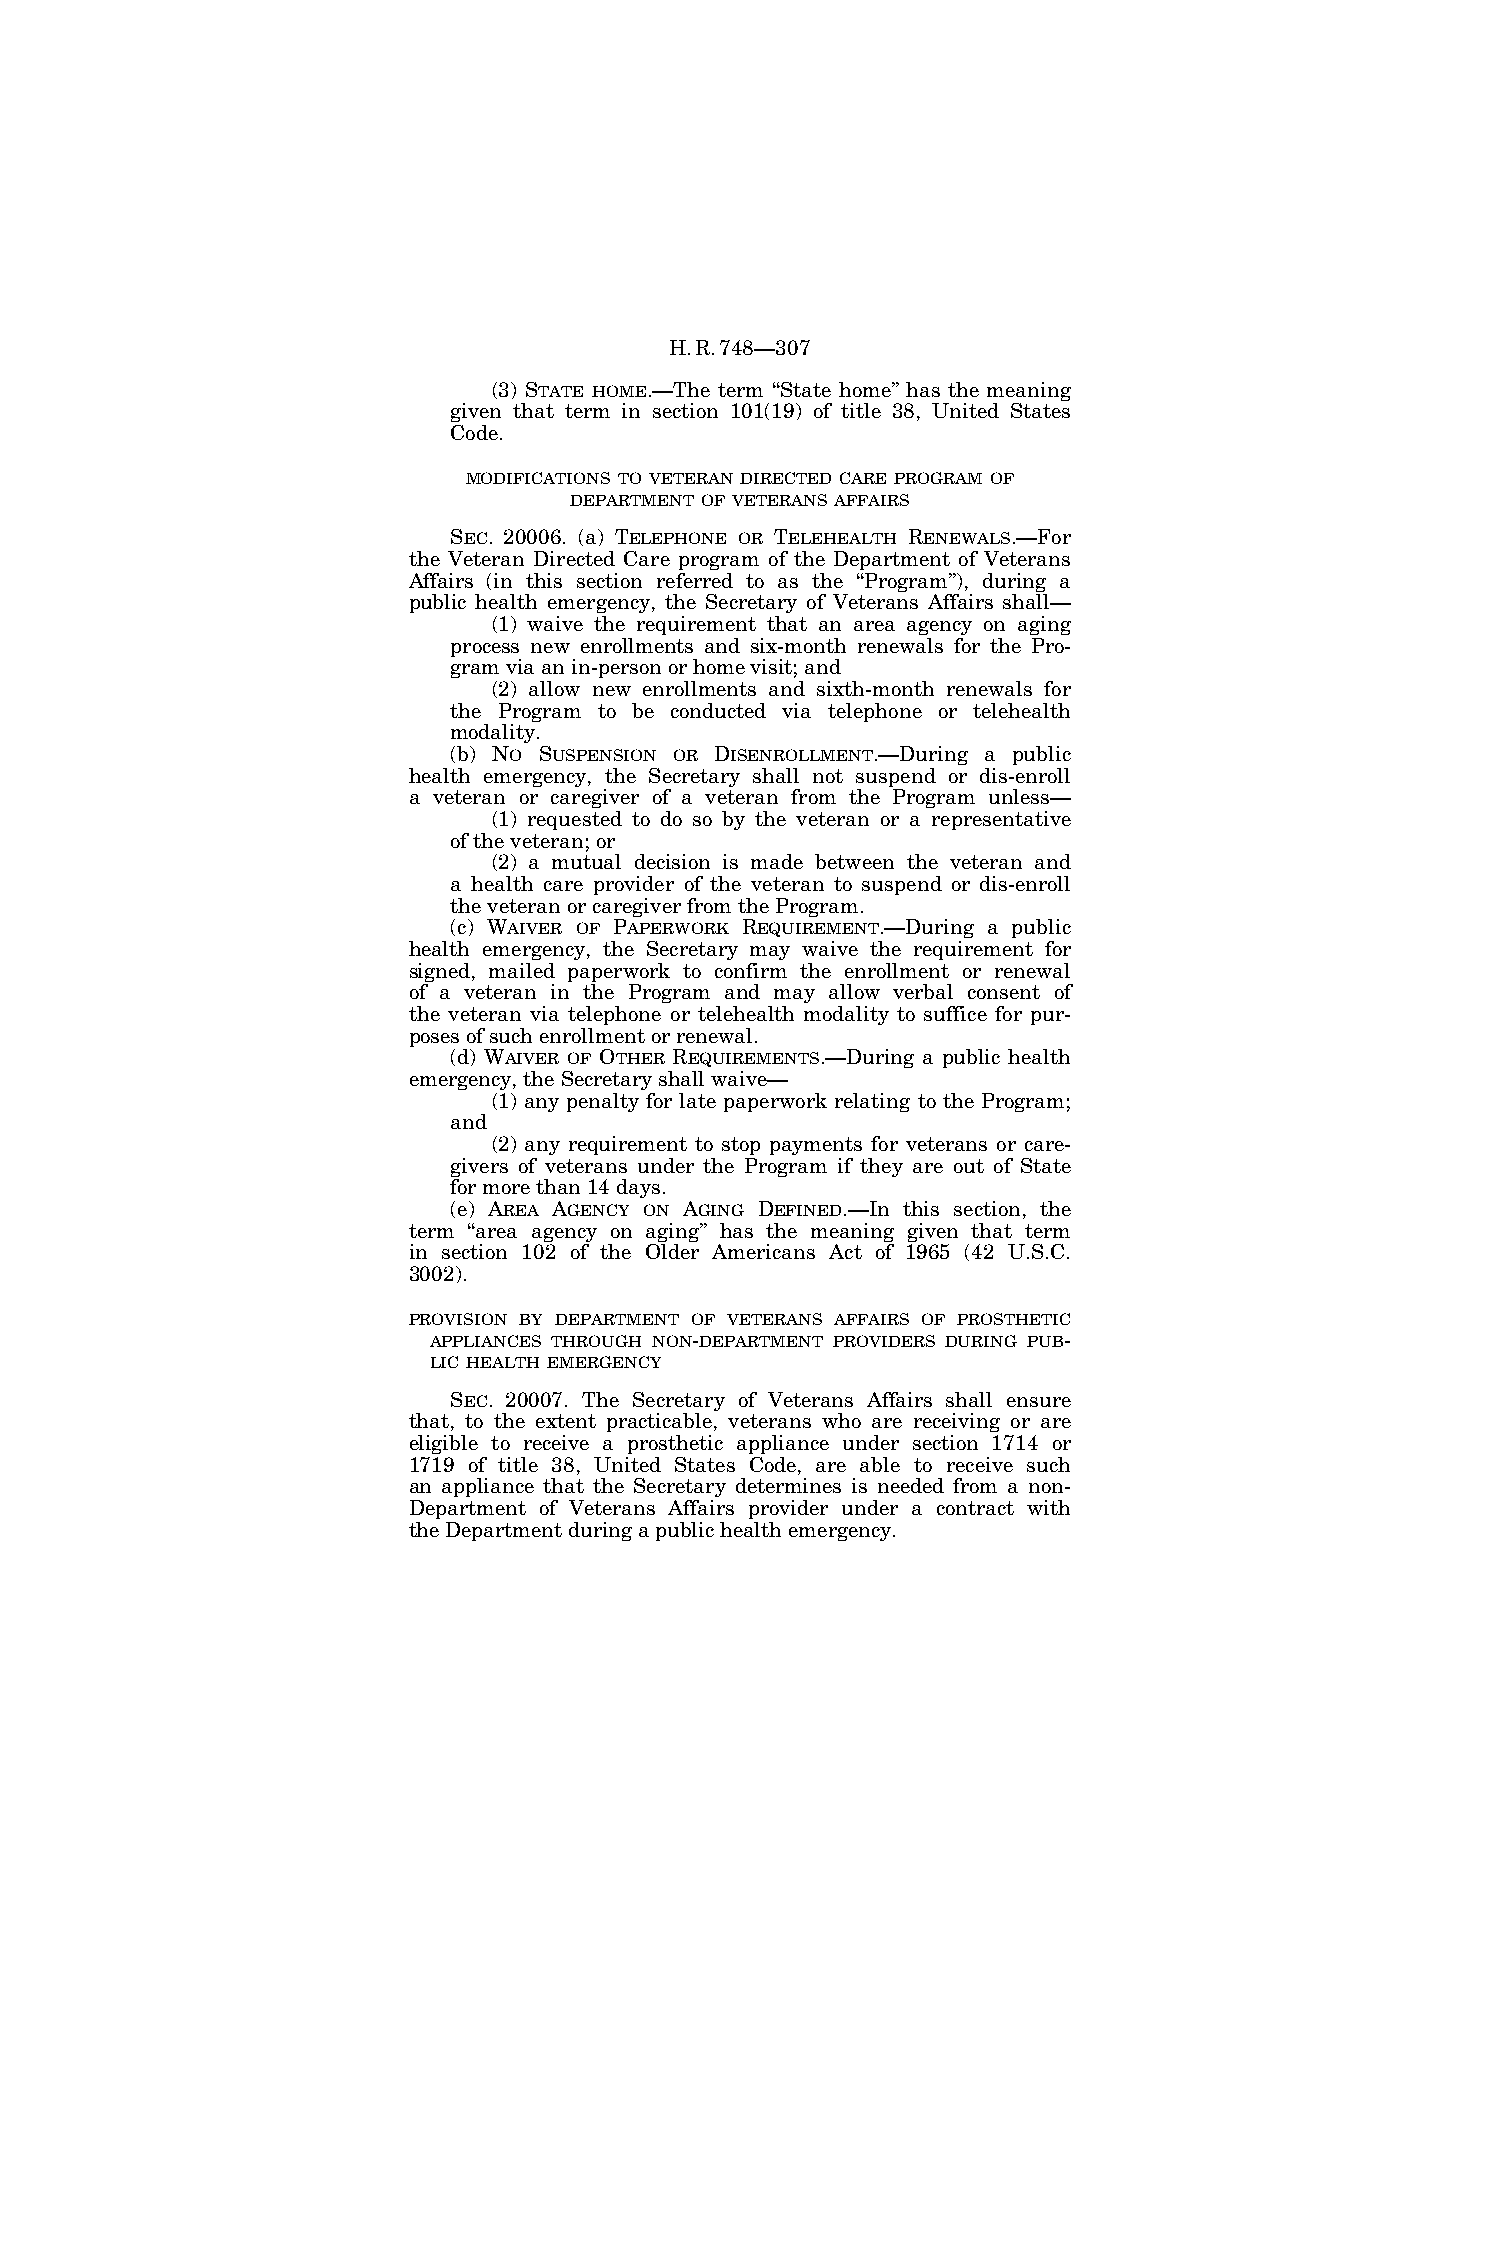
H.R.748—307
 (3) STATE HOME.—The term ‘‘State home’’ has the meaning
 given that term in section 101(19) of title 38, United States
 Code.
 MODIFICATIONS TO VETERAN DIRECTED CARE PROGRAM OF
 DEPARTMENT OF VETERANS AFFAIRS
 SEC. 20006. (a) TELEPHONE OR TELEHEALTH RENEWALS.—For
 the Veteran Directed Care program of the Department of Veterans
 Affairs (in this section referred to as the ‘‘Program’’), during a
 public health emergency, the Secretary of Veterans Affairs shall—
 (1) waive the requirement that an area agency on aging
 process new enrollments and six-month renewals for the Pro-
 gram via an in-person or home visit; and
 (2) allow new enrollments and sixth-month renewals for
 the Program to be conducted via telephone or telehealth
 modality.
 (b) NO SUSPENSION OR DISENROLLMENT.—During a public
 health emergency, the Secretary shall not suspend or dis-enroll
 a veteran or caregiver of a veteran from the Program unless—
 (1) requested to do so by the veteran or a representative
 of the veteran; or
 (2) a mutual decision is made between the veteran and
 a health care provider of the veteran to suspend or dis-enroll
 the veteran or caregiver from the Program.
 (c) WAIVER OF PAPERWORK REQUIREMENT.—During a public
 health emergency, the Secretary may waive the requirement for
 signed, mailed paperwork to confirm the enrollment or renewal
 of a veteran in the Program and may allow verbal consent of
 the veteran via telephone or telehealth modality to suffice for pur-
 poses of such enrollment or renewal.
 (d) WAIVER OF OTHER REQUIREMENTS.—During a public health
 emergency, the Secretary shall waive—
 (1) any penalty for late paperwork relating to the Program;
 and
 (2) any requirement to stop payments for veterans or care-
 givers of veterans under the Program if they are out of State
 for more than 14 days.
 (e) AREA AGENCY ON AGING DEFINED.—In this section, the
 term ‘‘area agency on aging’’ has the meaning given that term
 in section 102 of the Older Americans Act of 1965 (42 U.S.C.
 3002).
 PROVISION BY DEPARTMENT OF VETERANS AFFAIRS OF PROSTHETIC
 APPLIANCES THROUGH NON-DEPARTMENT PROVIDERS DURING PUB-
 LIC HEALTH EMERGENCY
 SEC. 20007. The Secretary of Veterans Affairs shall ensure
 that, to the extent practicable, veterans who are receiving or are
 eligible to receive a prosthetic appliance under section 1714 or
 1719 of title 38, United States Code, are able to receive such
 an appliance that the Secretary determines is needed from a non-
 Department of Veterans Affairs provider under a contract with
 the Department during a public health emergency.